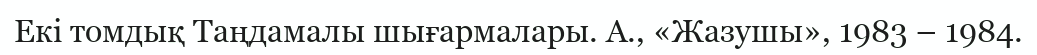
Екі томдық Таңдамалы шығармалары. А., «Жазушы», 1983 – 1984.